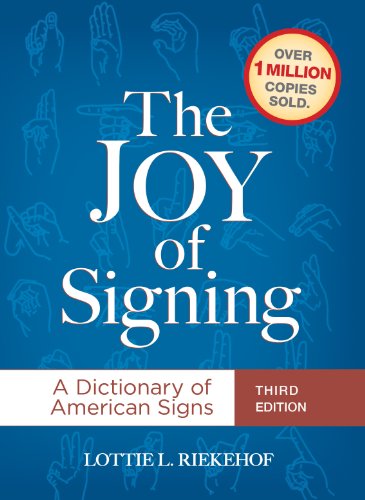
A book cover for The Joy of Signing: A Dictionary of American Signs, 3rd Edition; LottieL. Riekehof; Reference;